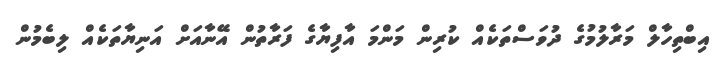
އިބްތިހާލް މަރާލުމުގެ ދުވަސްތަކެއް ކުރިން މަންމަ އާފިޔާގެ ފަރާތުން އޭނާއަށް އަނިޔާތަކެއް ލިބެމުން